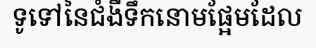
ទូទៅនៃជំងឺទឹកនោមផ្អែមដែល